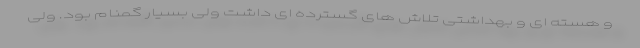
و هسته ای و بهداشتی تلاش های گسترده ای داشت ولی بسیار گمنام بود. ولی